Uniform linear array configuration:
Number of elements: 12
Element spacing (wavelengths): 1
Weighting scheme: binomial
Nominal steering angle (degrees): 15
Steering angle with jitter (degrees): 16.229
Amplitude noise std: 0.05
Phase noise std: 0.05

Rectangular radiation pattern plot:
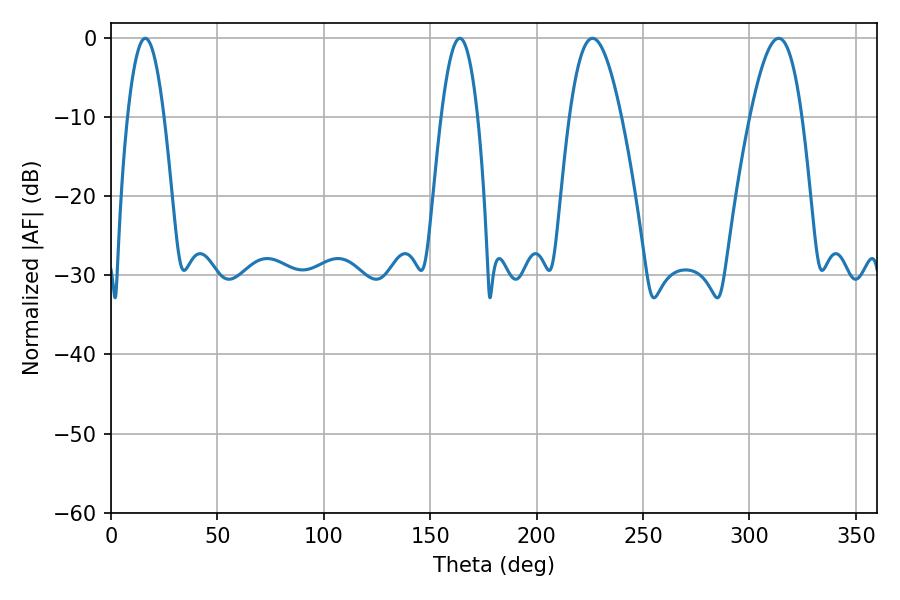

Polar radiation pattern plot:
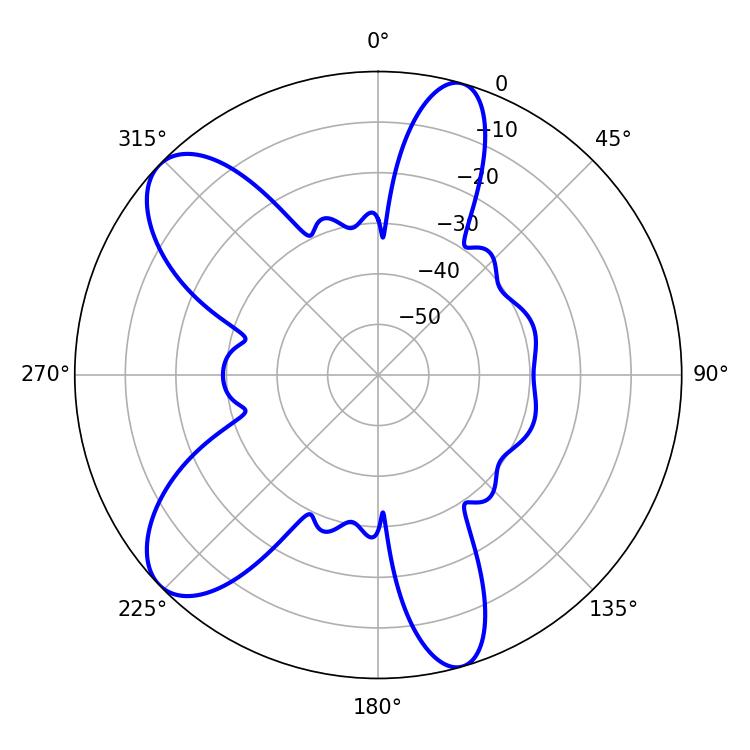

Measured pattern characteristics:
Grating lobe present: TRUE
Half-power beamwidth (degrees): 13.14
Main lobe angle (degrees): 226.26